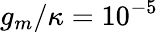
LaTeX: g_{m}/\kappa=10^{-5}